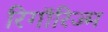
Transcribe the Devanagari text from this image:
रिगॉरिज्म